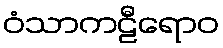
ဝံသာကဠီရောဝ